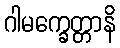
ဂါမက္ခေတ္တာနိ